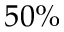
5 0 \%